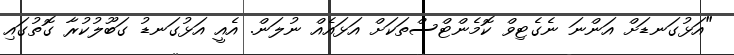
"އަޅުގަނޑަށް އަންނަ ނެގެޓިވް ކޮމެންޓްސްތަކަށް އަޅައެއް ނުލަން. އެއީ އަޅުގަނޑު ގަބޫލުކުރާ ގޮތުގައި